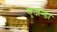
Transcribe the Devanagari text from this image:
एजन्डा